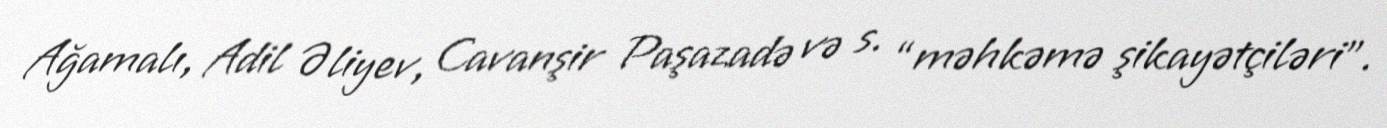
Ağamalı, Adil Əliyev, Cavanşir Paşazadə və s. “məhkəmə şikayətçiləri”.